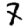
Digit: 7